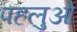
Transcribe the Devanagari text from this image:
पहलुओें